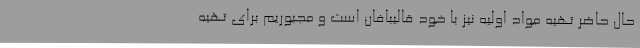
حال حاضر تهیه مواد اولیه نیز با خود قالیبافان است و مجبوریم برای تهیه